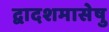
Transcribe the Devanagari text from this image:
द्वादशमासेषु